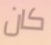
كان